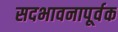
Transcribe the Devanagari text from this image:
सदभावनापूर्वक